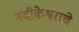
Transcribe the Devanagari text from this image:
नंदीकेश्वराचे